Insane asylums in Bengal annual reports 1867-1875 - 1867-1875
Year: 1867
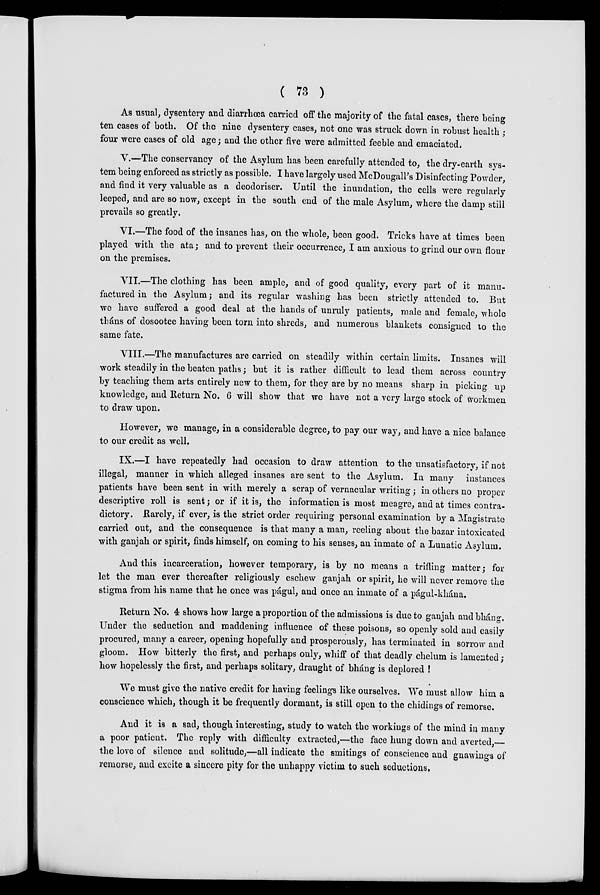
( 73 )
As usual, dysentery and diarrhœa carried off the majority of the fatal cases, there being
ten cases of both. Of the nine dysentery cases, not one was struck down in robust health ;
four were cases of old age; and the other five were admitted feeble and emaciated.
V.—The conservancy of the Asylum has been carefully attended to, the dry-earth sys-
tem being enforced as strictly as possible. I have largely used McDougall's Disinfecting Powder,
and find it very valuable as a deodoriser. Until the inundation, the cells were regularly
leeped, and are so now, except in the south end of the male Asylum, where the damp still
prevails so greatly.
VI.—The food of the insanes has, on the whole, been good. Tricks have at times been
played with the ata; and to prevent their occurrence, I am anxious to grind our own flour
on the premises.
VII.—The clothing has been ample, and of good quality, every part of it manu-
factured in the Asylum; and its regular washing has been strictly attended to. But
we have suffered a good deal at the hands of unruly patients, male and female, whole
tháns of dosootee having been torn into shreds, and numerous blankets consigned to the
same fate.
VIII.—The manufactures are carried on steadily within certain limits. Insanes will
work steadily in the beaten paths; but it is rather difficult to lead them across country
by teaching them arts entirely new to them, for they are by no means sharp in picking up
knowledge, and Return No. 6 will show that we have not a very large stock of workmen
to draw upon.
However, we manage, in a considerable degree, to pay our way, and have a nice balance
to our credit as well.
IX.—I have repeatedly had occasion to draw attention to the unsatisfactory, if not
illegal, manner in which alleged insanes are sent to the Asylum. In many instances
patients have been sent in with merely a scrap of vernacular writing; in others no proper
descriptive roll is sent; or if it is, the information is most meagre, and at times contra-
dictory. Rarely, if ever, is the strict order requiring personal examination by a Magistrate
carried out, and the consequence is that many a man, reeling about the bazar intoxicated
with ganjah or spirit, finds himself, on coming to his senses, an inmate of a Lunatic Asylum.
And this incarceration, however temporary, is by no means a trifling matter; for
let the man ever thereafter religiously eschew ganjah or spirit, he will never remove the
stigma from his name that he once was págul, and once an inmate of a págul-khána.
Return No. 4 shows how large a proportion of the admissions is due to ganjah and bhang.
Under the seduction and maddening influence of these poisons, so openly sold and easily
procured, many a career, opening hopefully and prosperously, has terminated in sorrow and
gloom. How bitterly the first, and perhaps only, whiff of that deadly chelum is lamented;
how hopelessly the first, and perhaps solitary, draught of bhang is deplored !
We must give the native credit for having feelings like ourselves. We must allow him a
conscience which, though it be frequently dormant, is still open to the chidings of remorse.
And it is a sad, though interesting, study to watch the workings of the mind in many
a poor patient. The reply with difficulty extracted,—the face hung down and averted,—
the love of silence and solitude,—all indicate the smitings of conscience and gnawings of
remorse, and excite a sincere pity for the unhappy victim to such seductions.